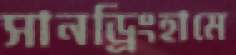
সানড্রিংহামে